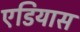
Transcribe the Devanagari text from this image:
एडियास